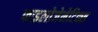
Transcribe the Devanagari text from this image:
फाइलोजेनेटिक्स